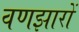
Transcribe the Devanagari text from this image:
वणझारों